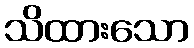
သိထားသော